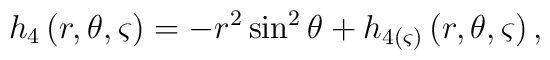
h_4\left( r,\theta ,\varsigma \right) =-r^2\sin ^2\theta +h_{4(\varsigma)}\left( r,\theta ,\varsigma \right) ,